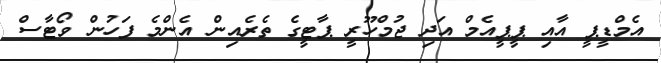
އެމްޑީޕީ އާއި ޕީޕީއެމް އަދި ޖުމްހޫރީ ޕާޓީގެ ތެރެއިން އެންމެ ފަހުން ވޯޓާސް